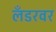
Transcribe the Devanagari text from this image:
लँडरवर